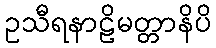
ဥသီရနာဠိမတ္တာနိပိ